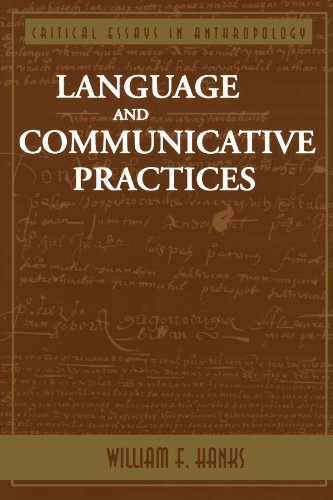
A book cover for Language And Communicative Practices (Critical Essays in Anthropology); William F Hanks; Law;